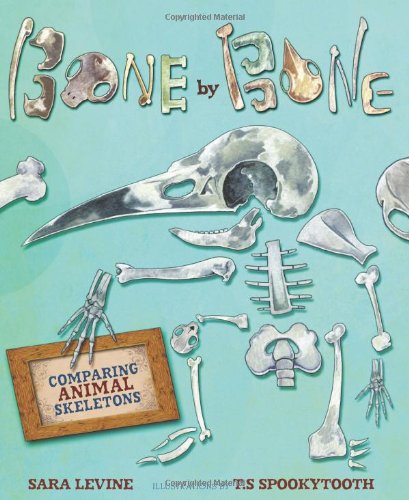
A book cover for Bone by Bone: Comparing Animal Skeletons; Sara Levine; Children's Books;